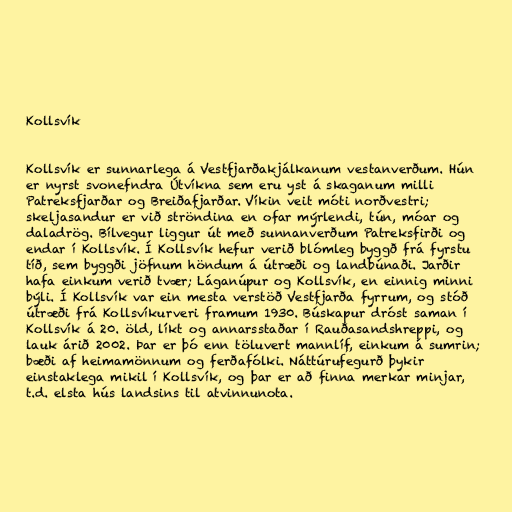
Kollsvík

Kollsvík er sunnarlega á Vestfjarðakjálkanum vestanverðum. Hún
er nyrst svonefndra Útvíkna sem eru yst á skaganum milli
Patreksfjarðar og Breiðafjarðar. Víkin veit móti norðvestri;
skeljasandur er við ströndina en ofar mýrlendi, tún, móar og
daladrög. Bílvegur liggur út með sunnanverðum Patreksfirði og
endar í Kollsvík. Í Kollsvík hefur verið blómleg byggð frá fyrstu
tíð, sem byggði jöfnum höndum á útræði og landbúnaði. Jarðir
hafa einkum verið tvær; Láganúpur og Kollsvík, en einnig minni
býli. Í Kollsvík var ein mesta verstöð Vestfjarða fyrrum, og stóð
útræði frá Kollsvíkurveri framum 1930. Búskapur dróst saman í
Kollsvík á 20. öld, líkt og annarsstaðar í Rauðasandshreppi, og
lauk árið 2002. Þar er þó enn töluvert mannlíf, einkum á sumrin;
bæði af heimamönnum og ferðafólki. Náttúrufegurð þykir
einstaklega mikil í Kollsvík, og þar er að finna merkar minjar,
t.d. elsta hús landsins til atvinnunota.